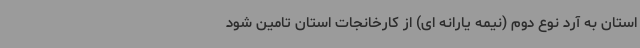
استان به آرد نوع دوم (نیمه یارانه ای) از کارخانجات استان تامین شود